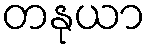
တနုယာ